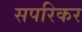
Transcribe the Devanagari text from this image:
सपरिकर